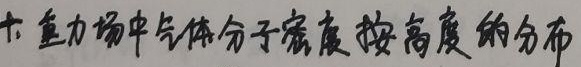
十. 重力场中气体分子密度按高度的分布